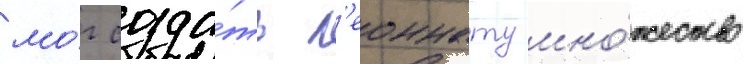
мо́г созда́ть л'еоннату мно́жество